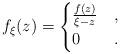
LaTeX: \begin{align*}f_\xi(z) = \begin{cases}\frac{f(z)}{\xi - z} & ,\\0 & .\end{cases}\end{align*}